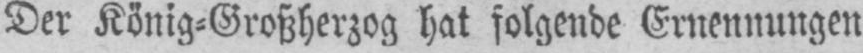
Der König⸗Großherzog hat folgende Ernennungen